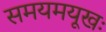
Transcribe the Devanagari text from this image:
समयमयूखः